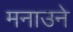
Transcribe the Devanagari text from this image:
मनाउने